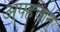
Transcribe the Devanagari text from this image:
अपहचान